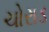
ચોરાડ